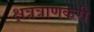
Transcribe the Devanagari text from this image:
क्षत्रत्राणकरी